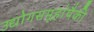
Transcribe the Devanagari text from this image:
उद्योगसमूहांपैकी